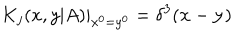
LaTeX: K _ { j } ( x , y | A ) | _ { x ^ { 0 } = y ^ { 0 } } = \delta ^ { 3 } ( { \bf x } - { \bf y } )